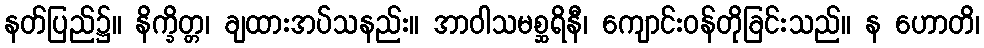
နတ်ပြည်၌။ နိက္ခိတ္တ၊ ချထားအပ်သနည်း။ အာဝါသမစ္ဆရိနီ၊ ကျောင်းဝန်တိုခြင်းသည်။ န ဟောတိ၊